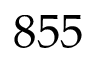
8 5 5